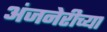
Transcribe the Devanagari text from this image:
अंजनेरीच्या